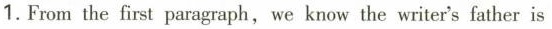
1.From the first paragaph,we know the writer's father is